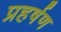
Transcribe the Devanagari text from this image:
प्रहर्षण